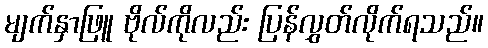
မျက်နှာဖြူ ဗိုလ်ကိုလည်း ပြန်လွှတ်လိုက်ရသည်။